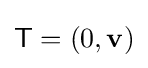
{\mathsf {T}}=(0,\mathbf {v} )